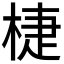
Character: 𣓉